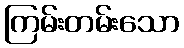
ကြမ်းတမ်းသော